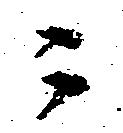
ニ